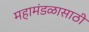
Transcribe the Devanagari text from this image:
महामंडळासाठी